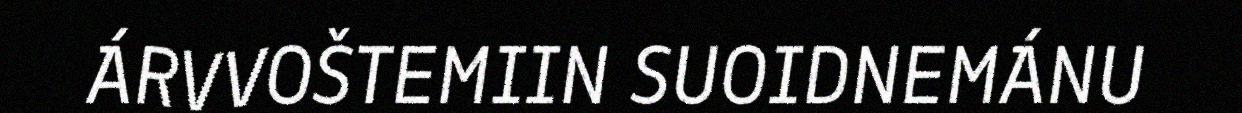
ÁRVVOŠTEMIIN SUOIDNEMÁNU